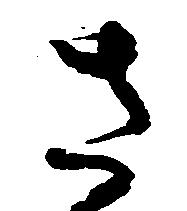
さ